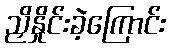
ညှိနှိုင်းခဲ့ကြောင်း